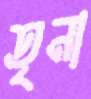
তৃনা